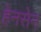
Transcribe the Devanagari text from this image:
हेनसेन